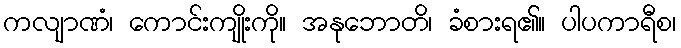
ကလျာဏံ၊ ကောင်းကျိုးကို။ အနုဘောတိ၊ ခံစားရ၏။ ပါပကာရီစ၊